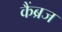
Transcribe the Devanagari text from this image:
कैंब्रज